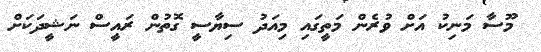
މޫސާ މަނިކު އަށް ވުރެން މަތީގައި މިއަދު ސިޔާސީ ގޮތުން ރައީސް ނަޝީދަކަށް